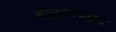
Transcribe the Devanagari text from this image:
बालाराजपुरा